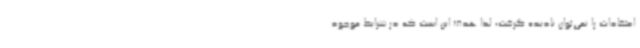
اعتقادات را نمی‌توان نادیده گرفت؛ لذا هدف این است که در شرایط موجود